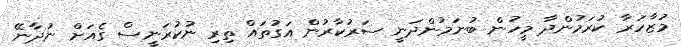
މުޒާހަރާ ކުރަމުންދާ މީހުން ބުނަމުންދަނީ ސަރުކާރުން އަގުތައް ތިރި ނުކުރަނީސް ގެއަށް ނުދާނޭ